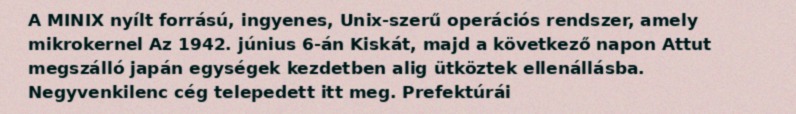
A MINIX nyílt forrású, ingyenes, Unix-szerű operációs rendszer, amely mikrokernel Az 1942. június 6-án Kiskát, majd a következő napon Attut megszálló japán egységek kezdetben alig ütköztek ellenállásba. Negyvenkilenc cég telepedett itt meg. Prefektúrái